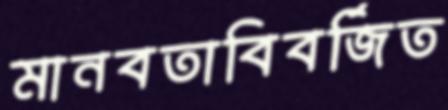
মানবতাবিবর্জিত